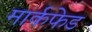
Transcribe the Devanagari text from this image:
मार्कफेड